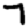
Digit: 7